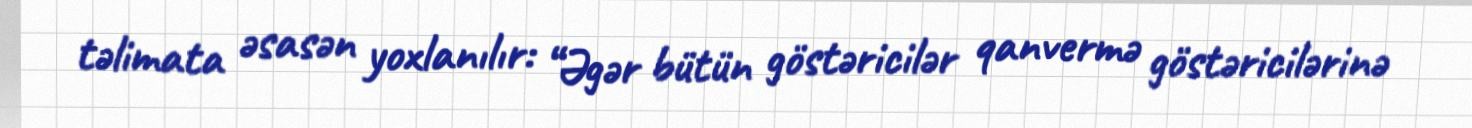
təlimata əsasən yoxlanılır: “Əgər bütün göstəricilər qanvermə göstəricilərinə